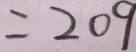
= 2 0 9